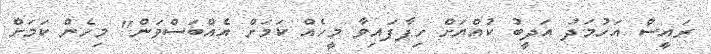
ރައީސް އަހުމަދު އަދީބު ކުއްޔަށް ހިފާފައިވާ މީހެއް ކަމަށް އެއްބަސްވަން" މިހެން ކަމަށް